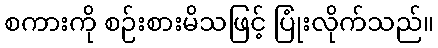
စကားကို စဉ်းစားမိသဖြင့် ပြုံးလိုက်သည်။